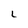
Character: 2